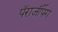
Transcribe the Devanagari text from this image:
पॅराजंपिंग